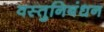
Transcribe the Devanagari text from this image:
वस्तुनिबंधन